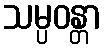
သမ္ပဝန္တာ